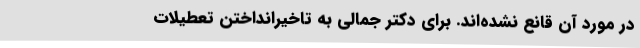
در مورد آن قانع نشده‌اند. برای دکتر جمالی به تاخیرانداختن تعطیلات